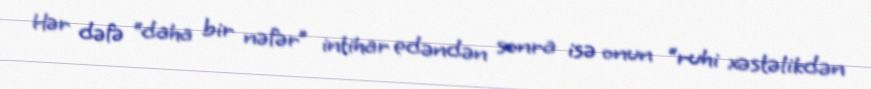
Hər dəfə “daha bir nəfər” intihar edəndən sonra isə onun “ruhi xəstəlikdən